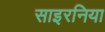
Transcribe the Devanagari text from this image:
साइरनिया